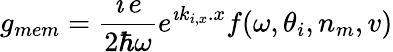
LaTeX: g_{mem}=\frac{\imath\, e}{2\hbar\omega}e^{\imath k_{i,x}.x}f(\omega,\theta_{i},n_{m},v)